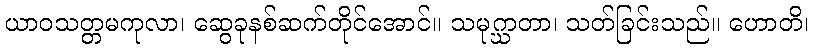
ယာဝသတ္တမကုလာ၊ ဆွေခုနစ်ဆက်တိုင်အောင်။ သမုဂ္ဃာတာ၊ သတ်ခြင်းသည်။ ဟောတိ၊